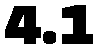
4.1